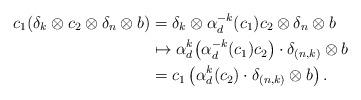
LaTeX: \begin{align*} c_1(\delta_k \otimes c_2 \otimes \delta_n \otimes b) &= \delta_k \otimes \alpha_d^{-k}(c_1) c_2 \otimes \delta_n \otimes b \\ &\mapsto \alpha_d^k\!\left(\alpha_d^{-k}(c_1)c_2\right) \cdot \delta_{(n,k)}\otimes b \\ &= c_1 \left(\alpha_d^k(c_2)\cdot \delta_{(n,k)}\otimes b \right).\end{align*}